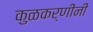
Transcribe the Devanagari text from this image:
कुळकर्णींनी